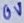
Text: 0V